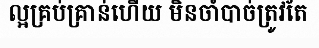
ល្អគ្រប់គ្រាន់ហើយ មិនចាំបាច់ត្រូវតែ